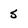
Character: 5